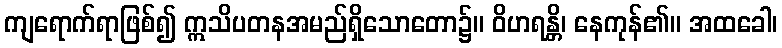
ကျရောက်ရာဖြစ်၍ ဣသိပတနအမည်ရှိသောတော၌။ ဝိဟရန္တိ၊ နေကုန်၏။ အထခေါ၊